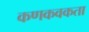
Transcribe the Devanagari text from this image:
कणकवकता